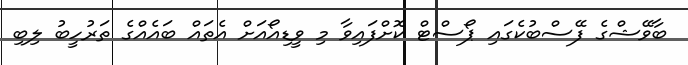
ބާވޭޝްގެ ފޭސްބުކެގައި ޕޯސްޓް ކޮށްފައިވާ މި ވީޑިއޯއަށް އެތައް ބައެއްގެ ތަރުހީބު ލިބި